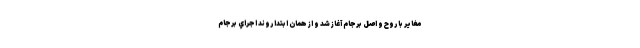
مغاير با روح و اصل برجام آغاز شد و از همان ابتدا روند اجراي برجام